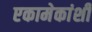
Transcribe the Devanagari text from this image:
एकामेकांशी